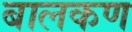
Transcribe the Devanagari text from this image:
बालकण